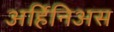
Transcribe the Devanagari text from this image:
अर्हिनिअस